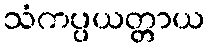
သံကပ္ပယတ္တာယ